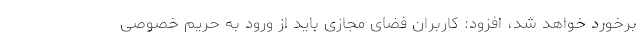
برخورد خواهد شد، افزود: کاربران فضای مجازی باید از ورود به حریم خصوصی